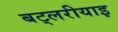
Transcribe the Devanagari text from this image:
बट्लरीयाइ